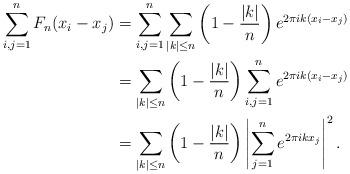
LaTeX: \begin{align*} \sum_{i,j=1}^{n} F_n(x_i - x_j) & = \sum_{i,j=1}^{n} \sum_{|k| \leq n} \left(1 - \frac{|k|}{n}\right) e^{2\pi i k (x_i- x_j)} \\ & = \sum_{|k| \leq n} \left(1 - \frac{|k|}{n}\right) \sum_{i,j=1}^{n} e^{2\pi i k (x_i- x_j)} \\ & = \sum_{|k| \leq n} \left(1 - \frac{|k|}{n}\right) \left| \sum_{j=1}^{n} e^{2\pi i k x_j} \right|^2.\end{align*}